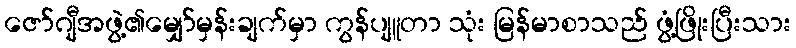
ဇော်ဂျီအဖွဲ့၏မျှော်မှန်းချက်မှာ ကွန်ပျူတာ သုံး မြန်မာစာသည် ဖွံ့ဖြိုးပြီးသား